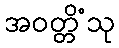
အဝတ္တိံသု